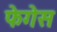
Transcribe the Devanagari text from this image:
फेगेस